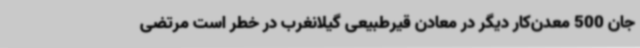
جان 500 معدن‌کار دیگر در معادن قیرطبیعی گیلانغرب در خطر است مرتضی